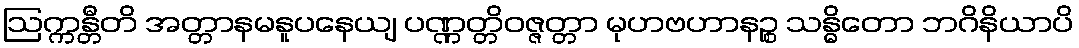
ဩက္ကန္တီတိ အတ္တာနမနူပနေယျ ပဏ္ဏတ္တိဝဇ္ဇတ္တာ မုဟဗဟာနဉ္စ သန္ဓိတော ဘဂိနိယာပိ